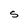
Character: S